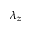
\lambda _ { z }